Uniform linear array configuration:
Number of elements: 12
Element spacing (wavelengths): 0.5
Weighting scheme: hamming
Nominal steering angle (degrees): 0
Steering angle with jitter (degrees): -0.708
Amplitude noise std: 0.05
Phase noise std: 0.05

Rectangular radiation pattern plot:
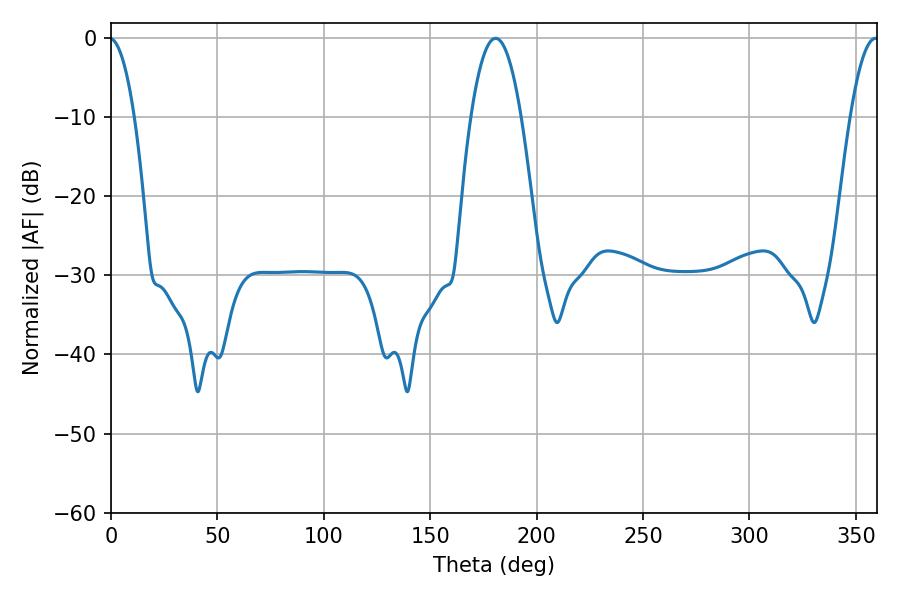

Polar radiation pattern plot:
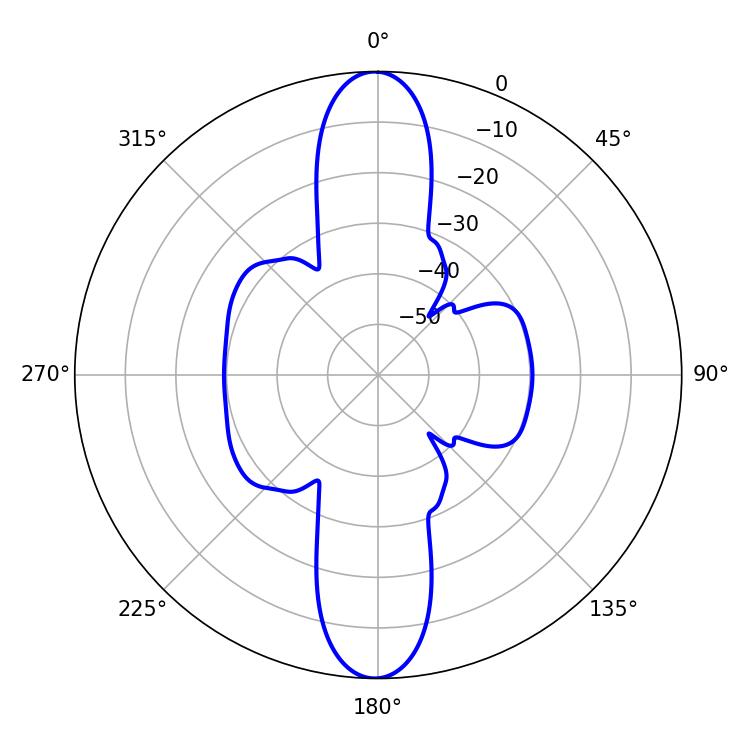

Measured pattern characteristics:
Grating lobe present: FALSE
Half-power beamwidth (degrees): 12.96
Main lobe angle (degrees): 180.72